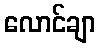
လောင်ချာ